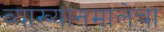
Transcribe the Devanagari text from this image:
व्याख्यानमालेचा